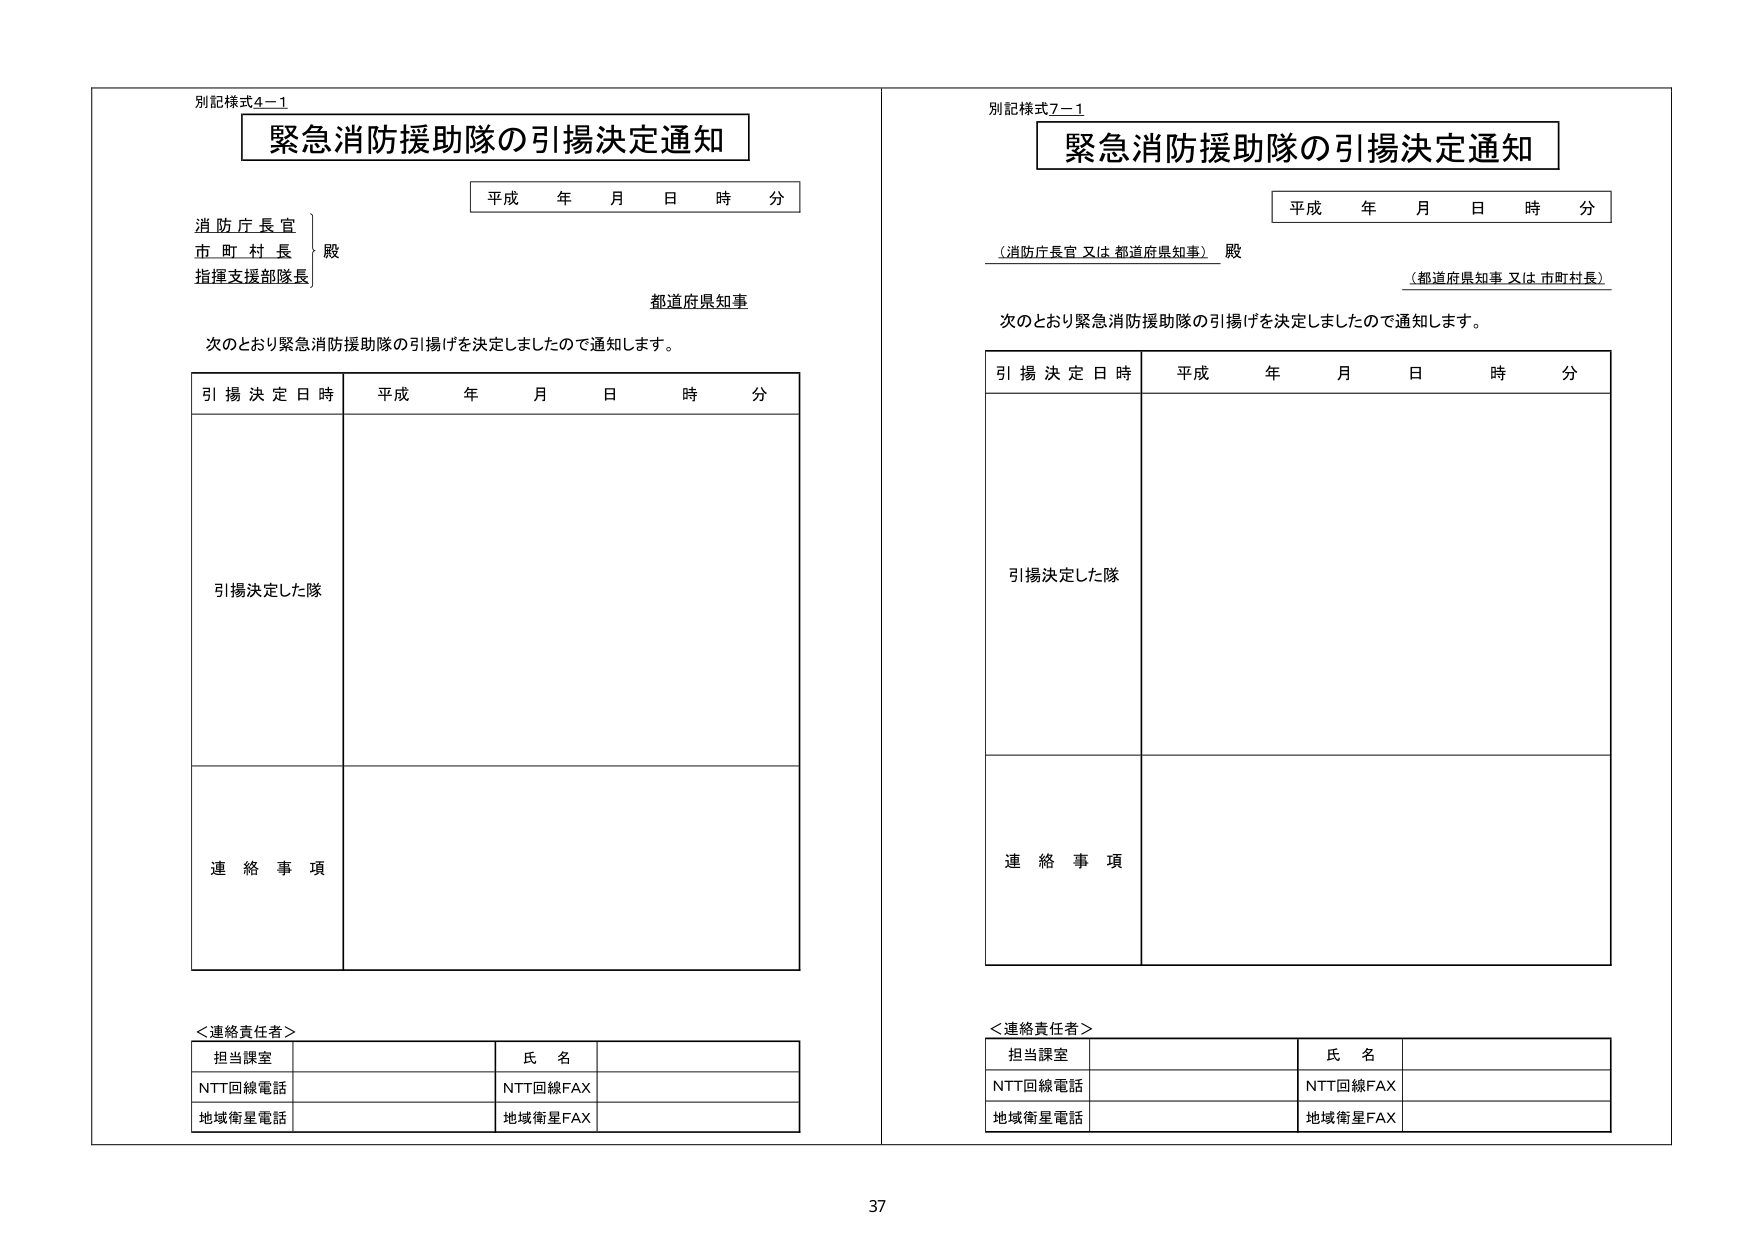
別記様式4-1
緊急消防援助隊の引揚決定通知
平成 年 月 日 時 分
消防庁長官
市町村長
指揮支援部隊長
殿
都道府県知事
次のとおり緊急消防援助隊の引揚げを決定しましたので通知します。
引揚決定日時 平成 年 月 日 時 分
引揚決定した隊
連絡事項
＜連絡責任者＞
担当課室 氏名
NTT回線電話 NTT回線FAX
地域衛星電話 地域衛星FAX

別記様式7-1
緊急消防援助隊の引揚決定通知
平成 年 月 日 時 分
（消防庁長官 又は 都道府県知事） 殿
（都道府県知事 又は 市町村長）
次のとおり緊急消防援助隊の引揚げを決定しましたので通知します。
引揚決定日時 平成 年 月 日 時 分
引揚決定した隊
連絡事項
＜連絡責任者＞
担当課室 氏名
NTT回線電話 NTT回線FAX
地域衛星電話 地域衛星FAX

37